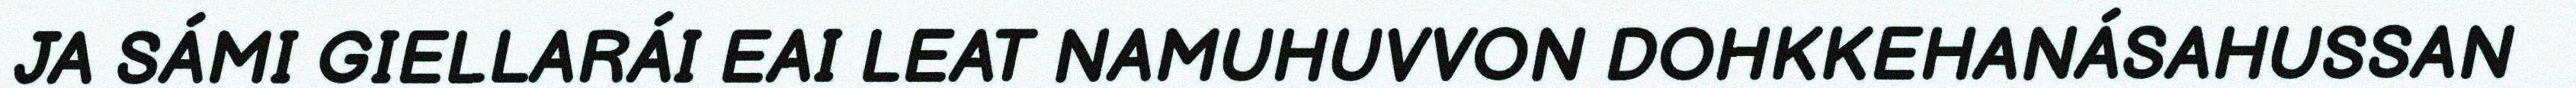
JA SÁMI GIELLARÁI EAI LEAT NAMUHUVVON DOHKKEHANÁSAHUSSAN